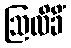
ဩလိခိံ